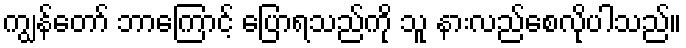
ကျွန်တော် ဘာကြောင့် ပြောရသည်ကို သူ နားလည်စေလိုပါသည်။